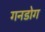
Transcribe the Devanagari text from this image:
गनडोग